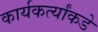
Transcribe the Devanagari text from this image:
कार्यकर्त्यांकडे